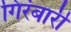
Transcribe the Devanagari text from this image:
गिरंबारी